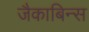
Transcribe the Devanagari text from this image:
जैकाबिन्स